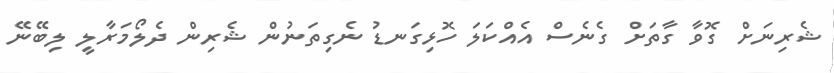
ޝެރިނަށް ގޮވާ ގާތަށް ގެނެސް އެއްކަލަ ހޮޅިގަނޑު ނެގިތަނުން ޝެރިން ދެލޯމަރާލީ ލިބޭނޭ